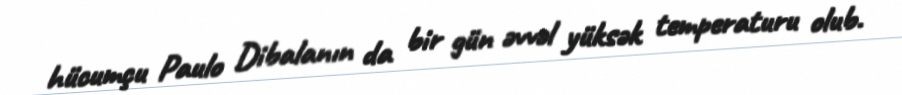
hücumçu Paulo Dibalanın da bir gün əvvəl yüksək temperaturu olub.